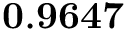
\mathbf { 0 . 9 6 4 7 }